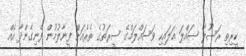
ކީރިތި ރަސޫލާ ޞައްލަ ޢަލައިހި ވަސައްލަމްގެ ސީރަތުގެ ތެރެއަށް ފީނާލުމުން ފެނިގެންދާ އެއް